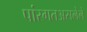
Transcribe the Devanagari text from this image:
पांरगतअसलेले